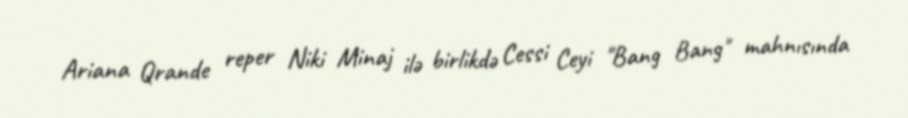
Ariana Qrande reper Niki Minaj ilə birlikdə Cessi Ceyi "Bang Bang" mahnısında